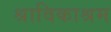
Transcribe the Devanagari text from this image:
श्राविकाश्रम